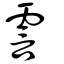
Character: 霅